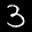
Digit: 3